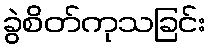
ခွဲစိတ်ကုသခြင်း